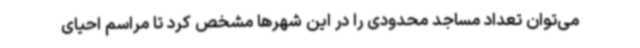
می‌توان تعداد مساجد محدودی را در این شهرها مشخص کرد تا مراسم احیای